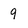
Character: 9